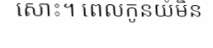
សោះ។ ពេលកូនយំមិន